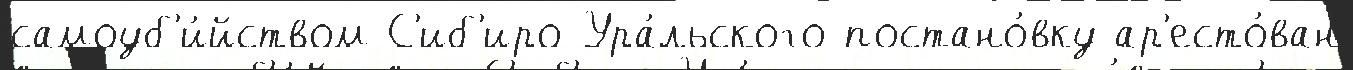
самоуб'и́йством С'иб'иро-Ура́льского постано́вку ар'есто́ван